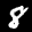
Label: 8